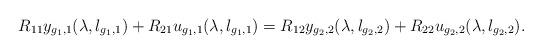
LaTeX: \begin{align*}R_{11}y_{g_1,1}(\lambda,l_{g_1,1})+R_{21}u_{g_1,1}(\lambda, l_{g_1,1})=R_{12}y_{g_2,2}(\lambda,l_{g_2,2})+R_{22}u_{g_2,2}(\lambda, l_{g_2,2}).\end{align*}